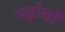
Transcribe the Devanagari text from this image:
पड़ोसों